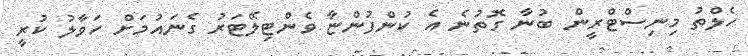
ހެލްތު މިނިސްޓްރީން ބުނާ ގޮތުނެ އެ ކުންފުންޏާ ވެންޓިލޭޓަރު ގެނައުމަށް ހަވާލު ކުރީ